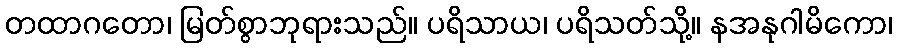
တထာဂတော၊ မြတ်စွာဘုရားသည်။ ပရိသာယ၊ ပရိသတ်သို့။ နအနုဂါမိကော၊